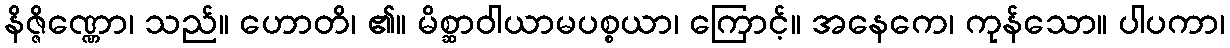
နိဇ္ဇိဏ္ဏော၊ သည်။ ဟောတိ၊ ၏။ မိစ္ဆာဝါယာမပစ္စယာ၊ ကြောင့်။ အနေကေ၊ ကုန်သော။ ပါပကာ၊